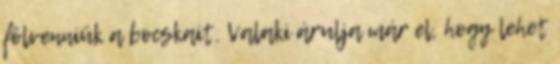
fölvenniük a bocskait. Valaki árulja már el, hogy lehet